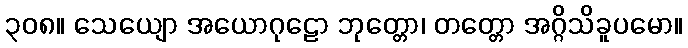
၃၀၈။ သေယျော အယောဂုဠော ဘုတ္တော၊ တတ္တော အဂ္ဂိသိခူပမော။